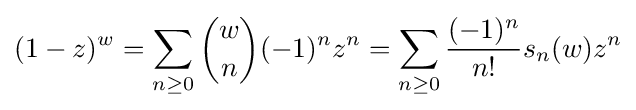
(1-z)^{w}=\sum _{n\geq 0}{w \choose n}(-1)^{n}z^{n}=\sum _{n\geq 0}{\frac {(-1)^{n}}{n!}}s_{n}(w)z^{n}